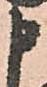
申